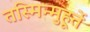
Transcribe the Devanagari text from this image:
तस्मिन्मुहूर्ते